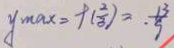
y _ { \max } = f ( \frac { 2 } { 3 } ) = . \frac { 1 3 } { 9 }